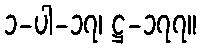
၁-ပါ-၁၇၊ ဋ္ဌ-၁၇၇။